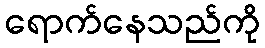
ရောက်နေသည်ကို